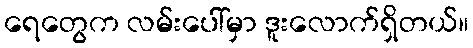
ရေတွေက လမ်းပေါ်မှာ ဒူးလောက်ရှိတယ်။